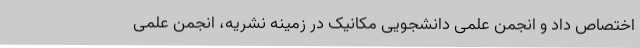
اختصاص داد و انجمن علمی دانشجویی مکانیک در زمینه نشریه، انجمن علمی